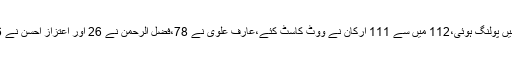
خیبرپختونخوا اسمبلی میں چیف جسٹس پشاور ہائیکورٹ وقار احمد سیٹھ کی نگرانی میں پولنگ ہوئی،112 میں سے 111 ارکان نے ووٹ کاسٹ کئے،عارف علوی نے 78،فضل الرحمٰن نے 26 اور اعتزاز احسن نے 6 ووٹ حاصل کئے، فارمولے کے تحت بالترتیب 39،13 اور 2 ووٹ حاصل کئے۔